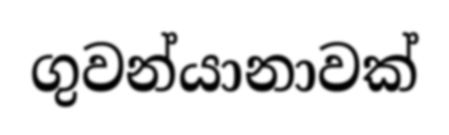
ගුවන්යානාවක්